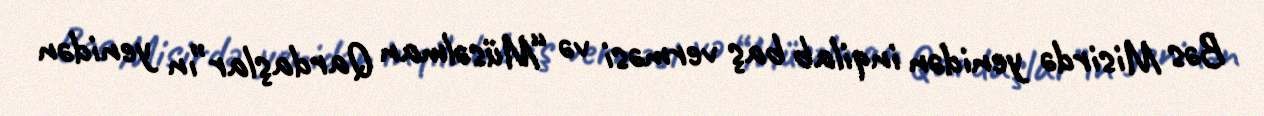
Bəs Misirdə yenidən inqilab baş verməsi və “Müsəlman Qardaşlar”ın yenidən